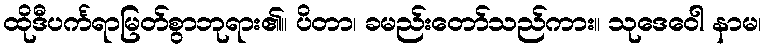
ထိုဒီပင်္ကရာမြတ်စွာဘုရား၏။ ပိတာ၊ ခမည်းတော်သည်ကား။ သုဒေဝေါ နာမ၊